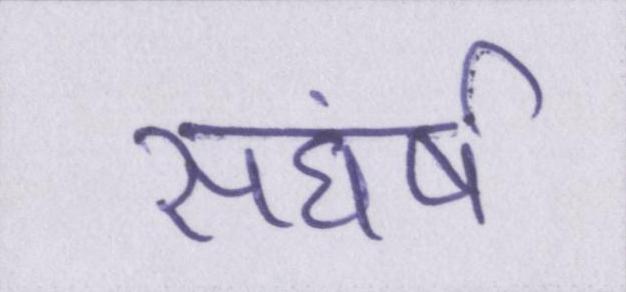
सघंर्ष